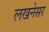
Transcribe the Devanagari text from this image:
लखनेसर